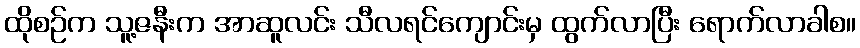
ထိုစဉ်က သူ့ဇနီးက အာဆူလင်း သီလရင်ကျောင်းမှ ထွက်လာပြီး ရောက်လာခါစ။